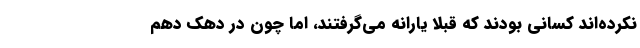
نکرده‌اند کسانی بودند که قبلاً یارانه می‌گرفتند، اما چون در دهک دهم